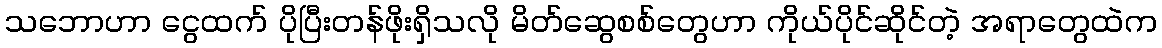
သဘောဟာ ငွေထက် ပိုပြီးတန်ဖိုးရှိသလို မိတ်ဆွေစစ်တွေဟာ ကိုယ်ပိုင်ဆိုင်တဲ့ အရာတွေထဲက